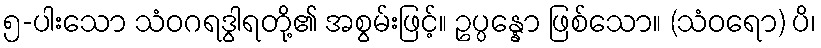
၅-ပါးသော သံဝဂရဒွါရတို့၏ အစွမ်းဖြင့်။ ဥပ္ပန္နော ဖြစ်သော။ (သံဝရော) ပိ၊